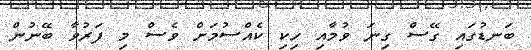
ބަނޑުގައި ގޭސް ގިނަ ވުމާއި ހިކި ކެއްސުމަށް ވެސް މި ފަރުވާ ބޭނުން